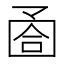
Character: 𡇶